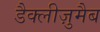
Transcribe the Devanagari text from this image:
डैक्लीज़ुमैब